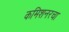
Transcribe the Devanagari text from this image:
कमिशनरचा